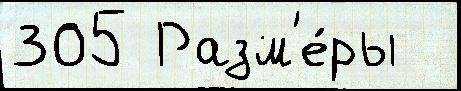
305 Разм'е́ры